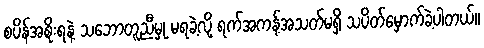
စပိန်အစိုးရနဲ့ သဘောတူညီမှု မရခဲ့လို့ ရက်အကန့်အသတ်မရှိ သပိတ်မှောက်ခဲ့ပါတယ်။